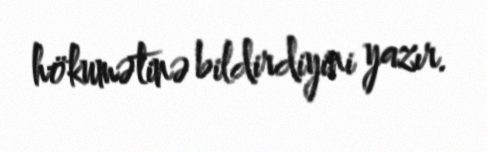
hökumətinə bildirdiyini yazır.